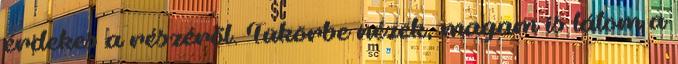
érdekes a részéről. Tükörbe nézek, magam is látom a